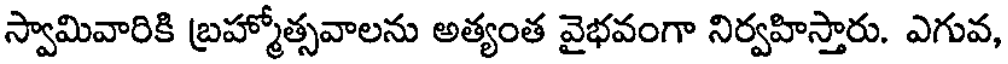
స్వామివారికి బ్రహ్మోత్సవాలను అత్యంత వైభవంగా నిర్వహిస్తారు. ఎగువ,